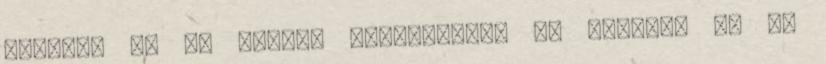
jelent. Az OM mantra jelentősége és hatásai Az OM